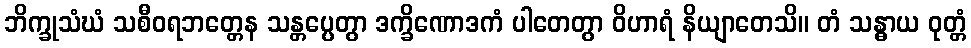
ဘိက္ခုသံဃံ သစီဝရဘတ္တေန သန္တပ္ပေတွာ ဒက္ခိဏောဒကံ ပါတေတွာ ဝိဟာရံ နိယျာတေသိ။ တံ သန္ဓာယ ဝုတ္တံ